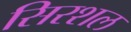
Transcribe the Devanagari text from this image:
सिरशल